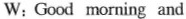
W： Good morning and